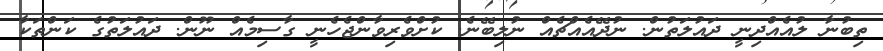
ތިބުނާ ލުއެއްދިނީ ދައުލަތުން. ނުދޭއެއްޗެއް ނުލިބޭނެ. ކުށްވެރިވާންޖެހެނީ ގާސިމެއް ނޫން. ދައުލަތުގެ ކަންތަކާ